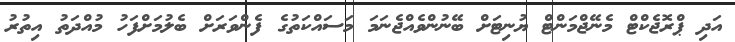
އަދި ޕްރޮޖެކްޓް މެނޭޖްމަންޓް ޔުނިޓަށް ބޭނުންވެއްޖެނަމަ މަސައްކަތުގެ ފެންވަރަށް ބެލުމަށްފަހު މުއްދަތު އިތުރު